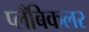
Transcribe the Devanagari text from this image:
प्लँबिकलर